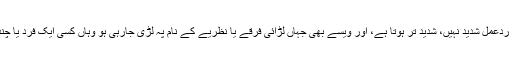
ایک تو فرقہ واریت کی بنیاد پر قتل اور دوسرا ماورائے عدالت؛ ایسی صورتوں میں ردعمل شدید نہیں، شدید تر ہوتا ہے، اور ویسے بھی جہاں لڑائی فرقے یا نظریے کے نام پہ لڑی جارہی ہو وہاں کسی ایک فرد یا چند افراد کے مارے جانے سے نفرت کی آگ ٹھنڈی نہیں ہوتی بلکہ مزید بھڑکتی ہے۔